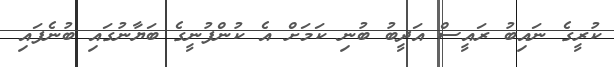
ކުރީގެ ނައިބު ރައީސް އަދީބު ބުނި ކަމަށް އެ ކުންފުނީގެ ބަޔާނުގައި ބުނެފައި